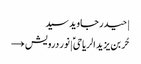
| حیدر جاوید سید
حُر بن یزید الریاحیؑ | نور درویش →